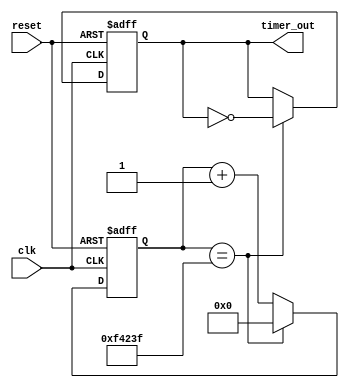
module Periodic_Timer(
    input wire clk,
    input wire reset,
    output reg timer_out
);

reg [31:0] count;

always @(posedge clk or posedge reset) begin
    if (reset) begin
        count <= 32'd0;
        timer_out <= 1'b0;
    end else begin
        if (count == 32'd999999) begin
            count <= 32'd0;
            timer_out <= ~timer_out;
        end else begin
            count <= count + 32'd1;
        end
    end
end

endmodule